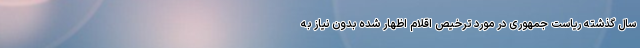
سال گذشته ریاست جمهوری در مورد ترخیص اقلام اظهار شده بدون نیاز به